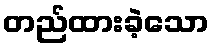
တည်ထားခဲ့သော